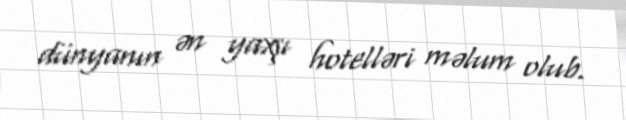
dünyanın ən yaxşı hotelləri məlum olub.